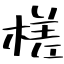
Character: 槎